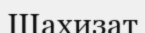
Шахизат